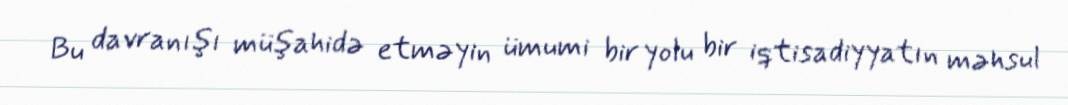
Bu davranışı müşahidə etməyin ümumi bir yolu bir iqtisadiyyatın məhsul